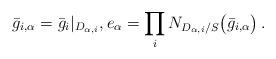
LaTeX: \begin{align*} \bar{g}_{i, \alpha} = \bar{g}_i\lvert_{D_{\alpha, i}}, e_{\alpha}= \prod_{i}N_{D_{\alpha, i}/{S}} \bigl(\bar{g}_{i, \alpha}\bigr) \,.\end{align*}